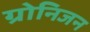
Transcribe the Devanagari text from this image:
ग्रोनिजन